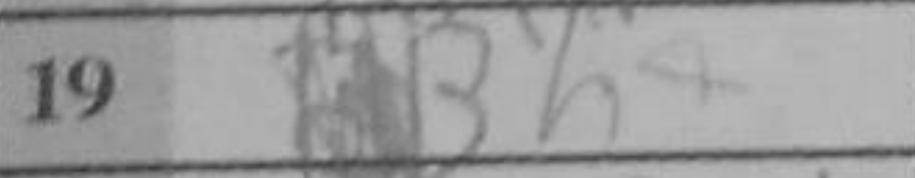
Transcription: Bh4